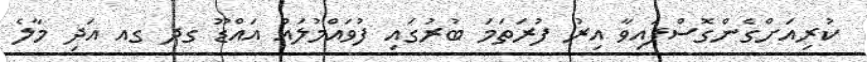
ކުރިއަށްގެންގޮސްފައިވާ އިރު ފުރަތަމަ ބުރުގައި ފުވައްމުލައް އައްޑޫ ގދ ގއ އަދި މާލެ